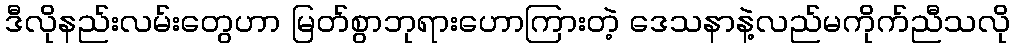
ဒီလိုနည်းလမ်းတွေဟာ မြတ်စွာဘုရားဟောကြားတဲ့ ဒေသနာနဲ့လည်မကိုက်ညီသလို